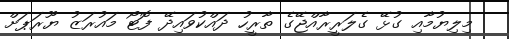
މިލިޔުމާއި ގުޅޭ ގެލަރީރާއްޖޭގެ ތާރީހު ދައްކުވައިދޭ ފޮޓޯ މައުރަޒު ޔޫރަޕަށް